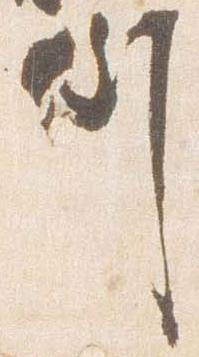
例